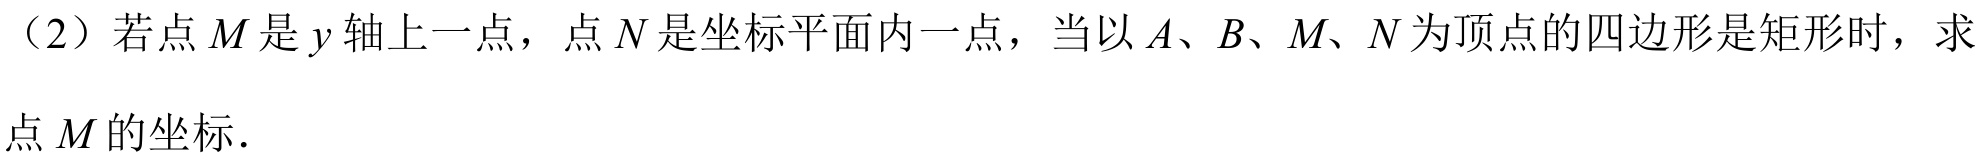
（2）若点\(M\)是\(y\)轴上一点，点\(N\)是坐标平面内一点，当以\(A、B、M、N\)为顶点的四边形是矩形时，求
点\(M\)的坐标．